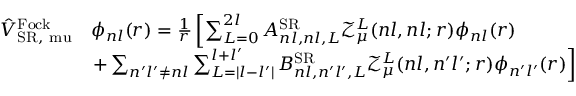
\begin{array} { r l } { \hat { V } _ { \mathrm { S R , \ m u } } ^ { \mathrm { F o c k } } } & { \phi _ { n l } ( r ) = \frac { 1 } { r } \left[ \sum _ { L = 0 } ^ { 2 l } A _ { n l , n l , L } ^ { \mathrm { S R } } \mathcal { Z } _ { \mu } ^ { L } ( n l , n l ; r ) \phi _ { n l } ( r ) \right. } \\ & { \left. + \sum _ { n ^ { \prime } l ^ { \prime } \neq n l } \sum _ { L = | l - l ^ { \prime } | } ^ { l + l ^ { \prime } } B _ { n l , n ^ { \prime } l ^ { \prime } , L } ^ { \mathrm { S R } } \mathcal { Z } _ { \mu } ^ { L } ( n l , n ^ { \prime } l ^ { \prime } ; r ) \phi _ { n ^ { \prime } l ^ { \prime } } ( r ) \right] } \end{array}